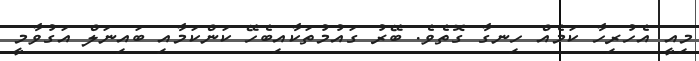
މިއީ އެހުރިހާ ކަމެއް ހިނގާ ގޮތެވެ. ބޭރު ގައުމުތަކާއިބެހޭ ކަންކަމާއި ބައިނަލް އަގުވާމީ